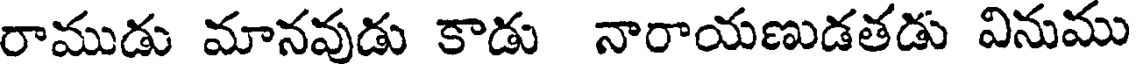
రాముడు మానవుడు కాడు నారాయణుడతడు వినుము